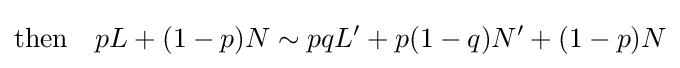
{\text{then}}\quad pL+(1-p)N\sim pqL'+p(1-q)N'+(1-p)N